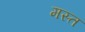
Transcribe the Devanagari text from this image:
मस्‍त